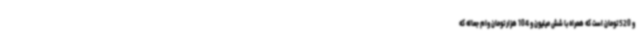
و 520 تومان است که همراه با شش میلیون و 104 هزار تومان وام جعاله که